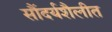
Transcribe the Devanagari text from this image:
सौंदर्यशैलीत